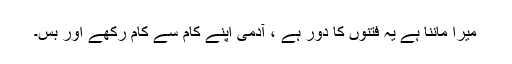
میرا ماننا ہے یہ فتنوں کا دور ہے ، آدمی اپنے کام سے کام رکھے اور بس۔